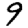
Digit: 9